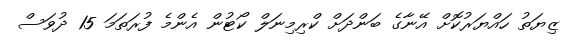
ޒިޔަތު ހައްޔަރުކޮށް އޭނާގެ ބަންދަަށް ކްރިމިނަލް ކޯޓުން އެންމެ ފުރަތަމަ 15 ދުވަސް